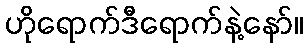
ဟိုရောက်ဒီရောက်နဲ့နော်။